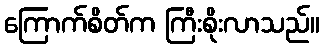
ကြောက်စိတ်က ကြီးစိုးလာသည်။